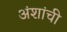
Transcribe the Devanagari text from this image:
अंशांची